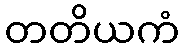
တတိယကံ